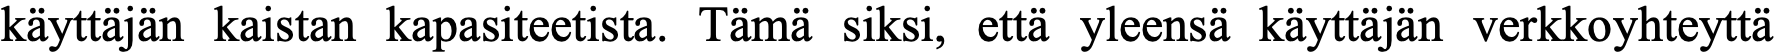
käyttäjän kaistan kapasiteetista. Tämä siksi, että yleensä käyttäjän verkkoyhteyttä